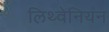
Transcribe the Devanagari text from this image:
लिथ्वेनियन